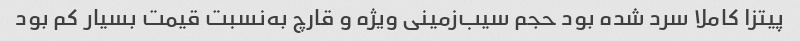
پیتزا کاملا سرد شده بود حجم سیب‌زمینی ویژه و قارچ به‌نسبت قیمت بسیار کم بود